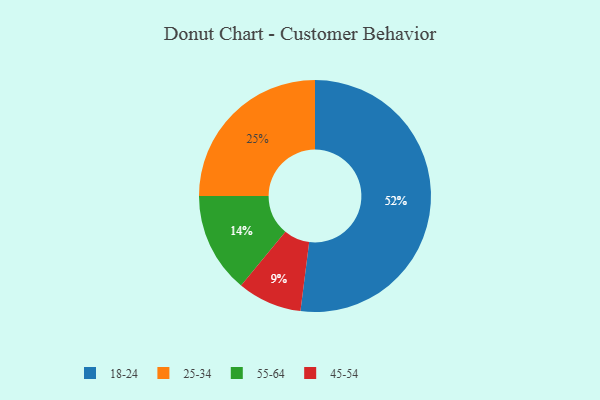
{"axis": {"x": "Category", "y": "Percentage"}, "legend": ["18-24", "25-34", "45-54", "55-64"], "data": [{"x": "25-34", "y": 25, "type": "25-34"}, {"x": "18-24", "y": 52, "type": "18-24"}, {"x": "45-54", "y": 9, "type": "45-54"}, {"x": "55-64", "y": 14, "type": "55-64"}]}